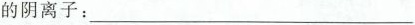
的阴离子：___